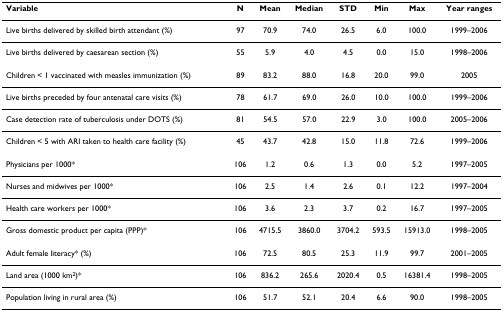
<table><thead><tr><td><b>Variable</b></td><td><b>N</b></td><td><b>Mean</b></td><td><b>Median</b></td><td><b>STD</b></td><td><b>Min</b></td><td><b>Max</b></td><td><b>Year ranges</b></td></tr></thead><tbody><tr><td>Live births delivered by skilled birth attendant (%)</td><td>97</td><td>70.9</td><td>74.0</td><td>26.5</td><td>6.0</td><td>100.0</td><td>1999–2006</td></tr><tr><td>Live births delivered by caesarean section (%)</td><td>55</td><td>5.9</td><td>4.0</td><td>4.5</td><td>0.0</td><td>15.0</td><td>1998–2006</td></tr><tr><td>Children &lt; 1 vaccinated with measles immunization (%)</td><td>89</td><td>83.2</td><td>88.0</td><td>16.8</td><td>20.0</td><td>99.0</td><td>2005</td></tr><tr><td>Live births preceded by four antenatal care visits (%)</td><td>78</td><td>61.7</td><td>69.0</td><td>26.0</td><td>10.0</td><td>100.0</td><td>1999–2006</td></tr><tr><td>Case detection rate of tuberculosis under DOTS (%)</td><td>81</td><td>54.5</td><td>57.0</td><td>22.9</td><td>3.0</td><td>100.0</td><td>2005–2006</td></tr><tr><td>Children &lt; 5 with ARI taken to health care facility (%)</td><td>45</td><td>43.7</td><td>42.8</td><td>15.0</td><td>11.8</td><td>72.6</td><td>1999–2006</td></tr><tr><td>Physicians per 1000*</td><td>106</td><td>1.2</td><td>0.6</td><td>1.3</td><td>0.0</td><td>5.2</td><td>1997–2005</td></tr><tr><td>Nurses and midwives per 1000*</td><td>106</td><td>2.5</td><td>1.4</td><td>2.6</td><td>0.1</td><td>12.2</td><td>1997–2004</td></tr><tr><td>Health care workers per 1000*</td><td>106</td><td>3.6</td><td>2.3</td><td>3.7</td><td>0.2</td><td>16.7</td><td>1997–2005</td></tr><tr><td>Gross domestic product per capita (PPP)*</td><td>106</td><td>4715.5</td><td>3860.0</td><td>3704.2</td><td>593.5</td><td>15913.0</td><td>1998–2005</td></tr><tr><td>Adult female literacy* (%)</td><td>106</td><td>72.5</td><td>80.5</td><td>25.3</td><td>11.9</td><td>99.7</td><td>2001–2005</td></tr><tr><td>Land area (1000 km<sup>2</sup>)*</td><td>106</td><td>836.2</td><td>265.6</td><td>2020.4</td><td>0.5</td><td>16381.4</td><td>1998–2005</td></tr><tr><td>Population living in rural area (%)</td><td>106</td><td>51.7</td><td>52.1</td><td>20.4</td><td>6.6</td><td>90.0</td><td>1998–2005</td></tr></tbody></table>